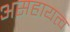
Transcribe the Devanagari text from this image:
असहायत्व